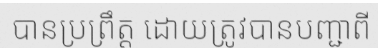
បានប្រព្រឹត្ត ដោយត្រូវបានបញ្ជាពី